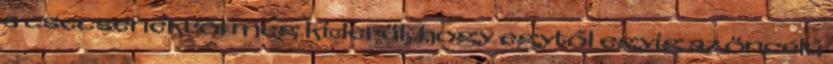
a csecsenekről meg kiderül, hogy egytől egyig az öncélú